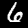
Label: 6